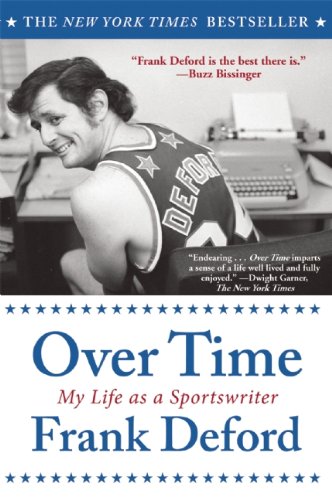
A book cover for Over Time: My Life As a Sportswriter; Frank Deford; Sports & Outdoors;